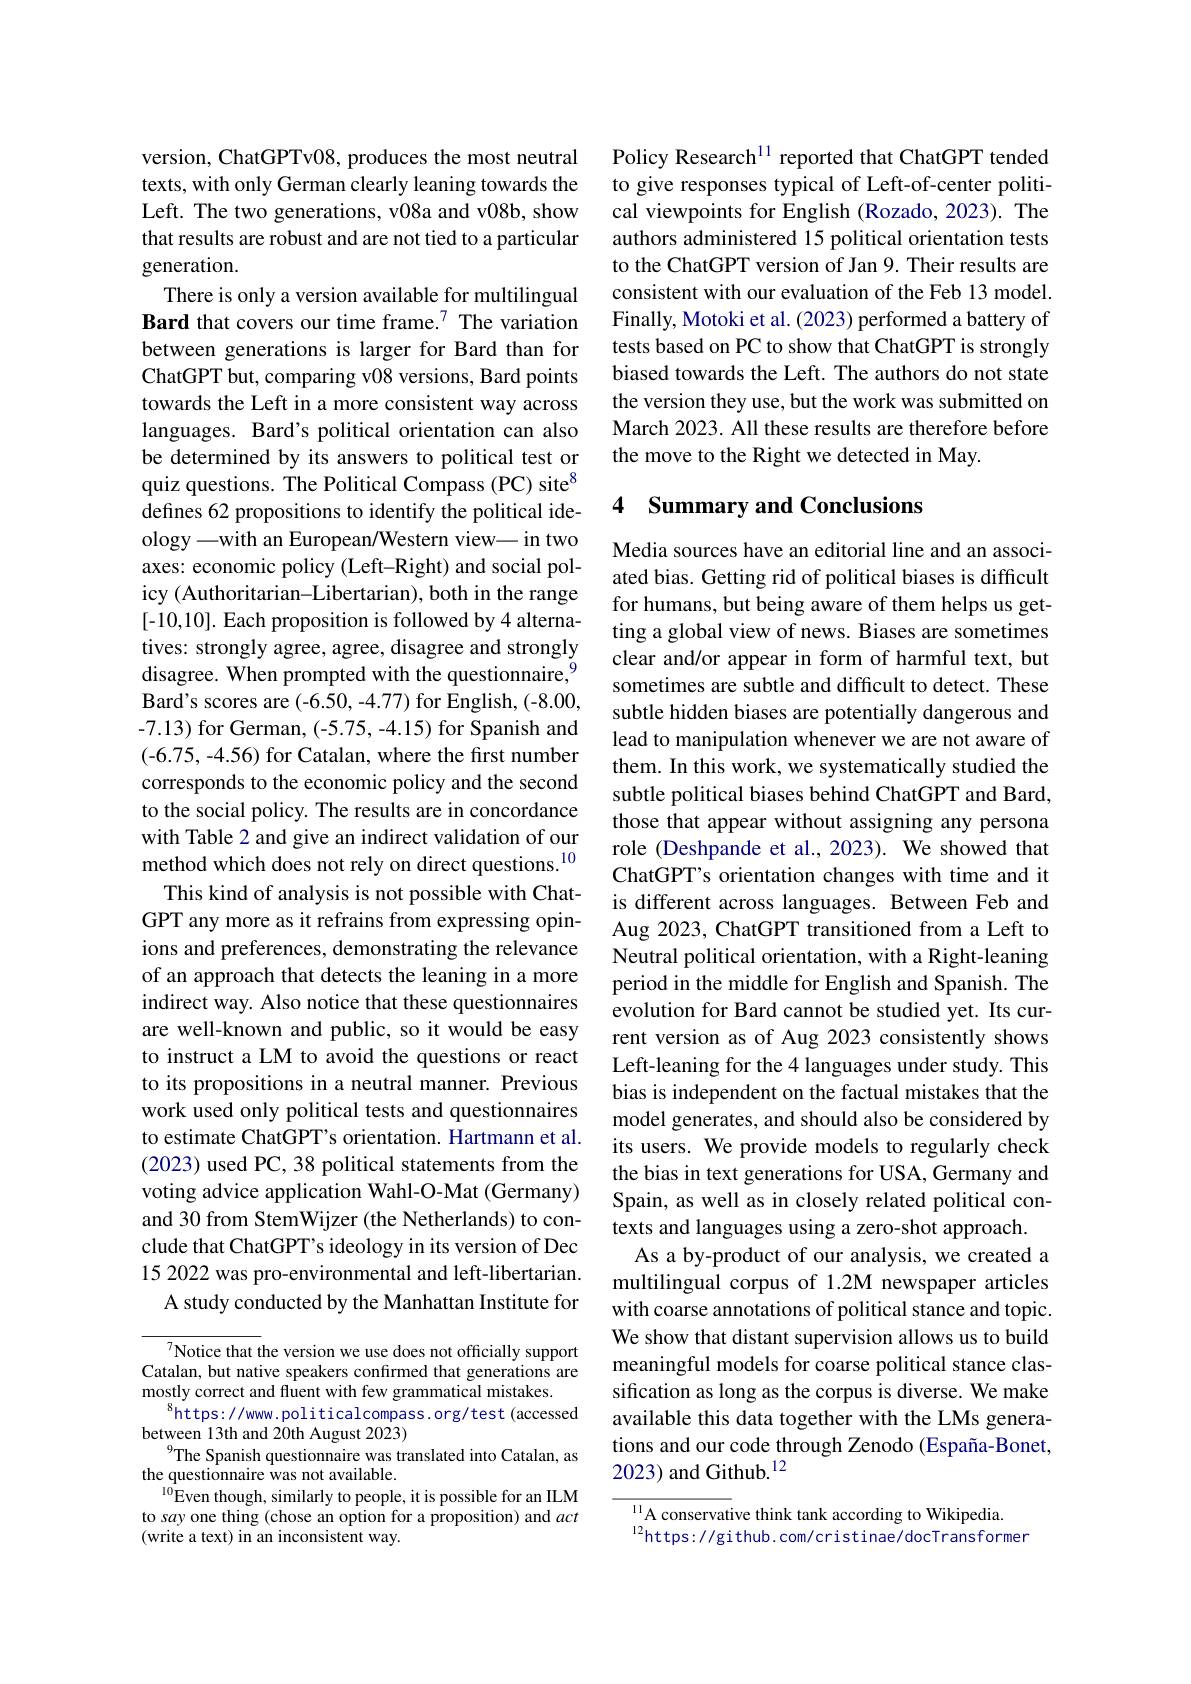
version, ChatGPTv08, produces the most neutral texts, with only German clearly leaning towards the Left. The two generations, v08a and v08b, show that results are robust and are not tied to a particular generation.
There is only a version available for multilingual Bard that covers our time frame.$^{7}$ The variation between generations is larger for Bard than for ChatGPT but, comparing v08 versions, Bard points towards the Left in a more consistent way across languages. Bard's political orientation can also be determined by its answers to political test or quiz questions. The Political Compass (PC) site$^{8}$ defines 62 propositions to identify the political ideology -with an European/Western view— in two axes: economic policy (Left-Right) and social policy (Authoritarian-Libertarian), both in the range [-10,10]. Each proposition is followed by 4 alternatives: strongly agree, agree, disagree and strongly disagree. When prompted with the questionnaire,$^{9}$ Bar$d^{\prime }$s scores are ( - 6. 50, - 4. 77) for English, ( - 8. 00, -7.13) for German, (-5.75, -4.15) for Spanish and (-6.75,-4.56) for Catalan, where the first number corresponds to the economic policy and the second to the social policy. The results are in concordance with Table 2 and give an indirect validation of our method which does not rely on direct questions.$^{10}$
This kind of analysis is not possible with ChatGPT any more as it refrains from expressing opinions and preferences, demonstrating the relevance of an approach that detects the leaning in a more indirect way. Also notice that these questionnaires are well-known and public, so it would be easy to instruct a LM to avoid the questions or react to its propositions in a neutral manner. Previous work used only political tests and questionnaires to estimate ChatGPT's orientation. Hartmann et al. (2023) used PC, 38 political statements from the voting advice application Wahl-O-Mat (Germany) and 30 from StemWijzer (the Netherlands) to conclude that ChatGPT's ideology in its version of Dec 15 2022 was pro-environmental and left-libertarian.
A study conducted by the Manhattan Institute for

Notice that the version we use does not officially support Catalan, but native speakers confirmed that generations are mostly correct and fluent with few grammatical mistakes
$^{8}$https://www.politicalcompass.org/test(accessed
between 13th and 20th August 2023)
$^{9}$The Spanish questionnaire was translated into Catalan, as
the questionnaire was not available.
$^{10}$Even though, similarly to people, it is possible for an ILM to say one thing (chose an option for a proposition) and act (write a text) in an inconsistent way.

Policy Research$^{11}$ reported that ChatGPT tended to give responses typical of Left-of-center political viewpoints for English (Rozado, 2023). The authors administered 15 political orientation tests to the ChatGPT version of Jan 9. Their results are consistent with our evaluation of the Feb 13 model. Finally, Motoki et al. (2023) performed a battery of tests based on PC to show that ChatGPT is strongly biased towards the Left. The authors do not state the version they use, but the work was submitted on March 2023. All these results are therefore before the move to the Right we detected in May.

## 4 Summary and Conclusions

Media sources have an editorial line and an associated bias. Getting rid of political biases is difficult for humans, but being aware of them helps us getting a global view of news. Biases are sometimes clear and/or appear in form of harmful text, but sometimes are subtle and difficult to detect. These subtle hidden biases are potentially dangerous and lead to manipulation whenever we are not aware of them. In this work, we systematically studied the subtle political biases behind ChatGPT and Bard, those that appear without assigning any persona role (Deshpande et al., 2023). We showed that ChatGPT's orientation changes with time and it is different across languages. Between Feb and Aug 2023, ChatGPT transitioned from a Left to Neutral political orientation, with a Right-leaning period in the middle for English and Spanish. The evolution for Bard cannot be studied yet. Its current version as of Aug 2023 consistently shows Left-leaning for the 4 languages under study. This bias is independent on the factual mistakes that the model generates, and should also be considered by its users. We provide models to regularly check the bias in text generations for USA, Germany and Spain, as well as in closely related political contexts and languages using a zero-shot approach.
As a by-product of our analysis, we created a multilingual corpus of 1.2M newspaper articles with coarse annotations of political stance and topic. We show that distant supervision allows us to build meaningful models for coarse political stance classification as long as the corpus is diverse. We make available this data together with the LMs generations and our code through Zenodo (España-Bonet, 2023) and Github.$^{12}$

${\frac{11}{\text{A conservative think tank according to Wikipedia.}}}$
$^{12}$https://github.com/cristinae/docTransformer